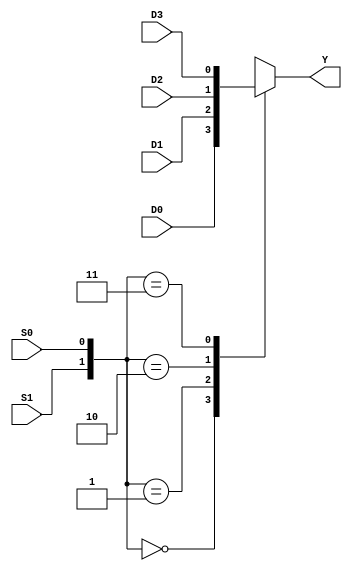
module comb_multiplexer (
    input wire D0,
    input wire D1,
    input wire D2,
    input wire D3,
    input wire S0,
    input wire S1,
    output reg Y
);

always @* begin
    case ({S1, S0})
        2'b00: Y = D0;
        2'b01: Y = D1;
        2'b10: Y = D2;
        2'b11: Y = D3;
        default: Y = 1'b0; // default value
    endcase
end

endmodule